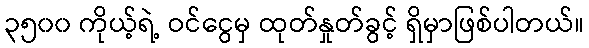
၃၅၀၀ ကိုယ့်ရဲ့ ဝင်ငွေမှ ထုတ်နှုတ်ခွင့် ရှိမှာဖြစ်ပါတယ်။